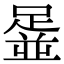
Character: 𨂞